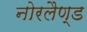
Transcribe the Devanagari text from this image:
नोरलैण्ड